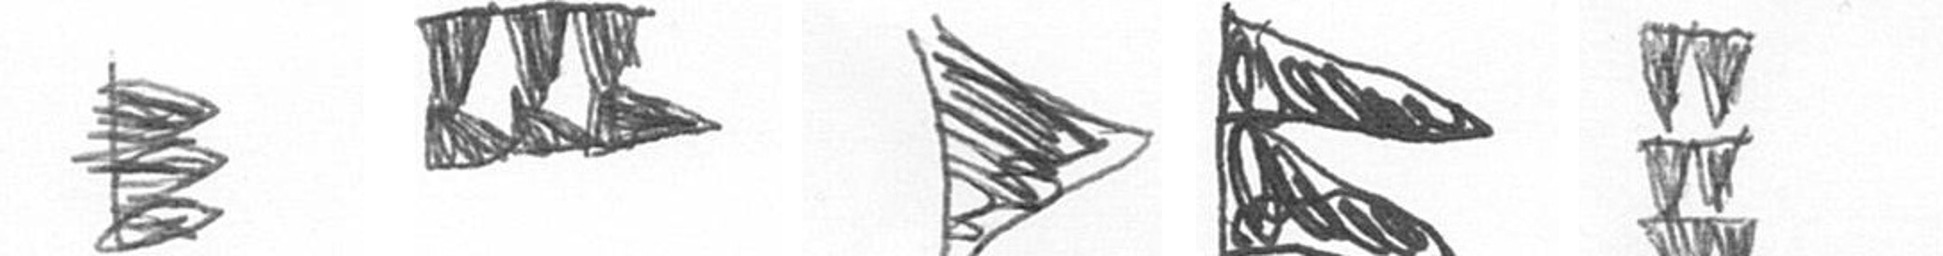
H D T P Y